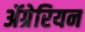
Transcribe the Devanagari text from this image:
ॲग्रेरियन